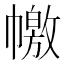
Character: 𢅎